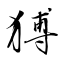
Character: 猼